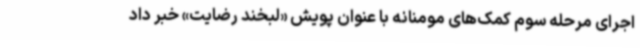
اجرای مرحله سوم کمک‌های مومنانه با عنوان پویش «لبخند رضایت» خبر داد